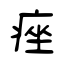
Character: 痤